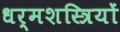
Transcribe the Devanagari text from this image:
धर्मशस्त्रियों